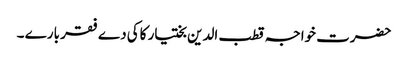
حضرت خواجہ قطب الدین بختیار کاکی دے فقر بارے ۔